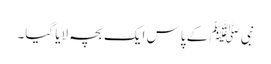
نبی ﷺ کے پاس ایک بچہ لایا گیا۔